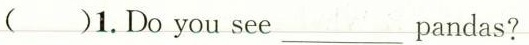
( )1.Do you see___ pandas.?